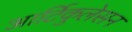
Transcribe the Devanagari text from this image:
आर्टिकुलेसन